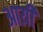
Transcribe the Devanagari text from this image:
आय़ी